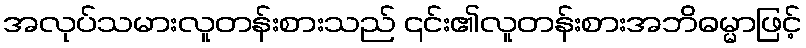
အလုပ်သမားလူတန်းစားသည် ၎င်း၏လူတန်းစားအဘိဓမ္မာဖြင့်